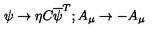
\psi \rightarrow \eta C \overline { { \psi } } ^ { T } ; A _ { \mu } \rightarrow - A _ { \mu }